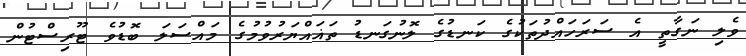
ވެލި ނަގާތީ އެ ސަރަހައްދުތަކުގެ ކަނޑުގެ ލޮނުގަނޑު ތަޣައްޔަރުވުމުގެ މައްސަލަ ބޮޑުވެ ޓޫރިސްޓުން